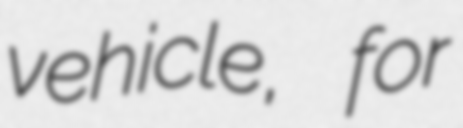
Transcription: vehicle, for